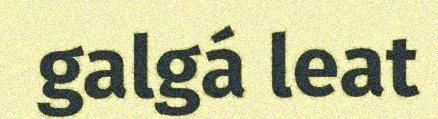
galgá leat